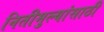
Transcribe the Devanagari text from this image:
नितीमुल्यांसाठी